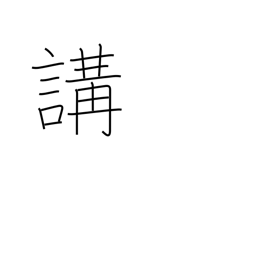
Meaning: club